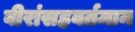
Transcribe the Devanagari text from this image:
वीरांसहवर्तमान